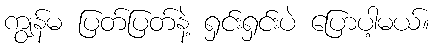
ကျွန်မ ပြတ်ပြတ်နဲ့ ရှင်းရှင်းပဲ ပြောပါ့မယ်။